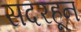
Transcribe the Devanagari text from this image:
सदरहून